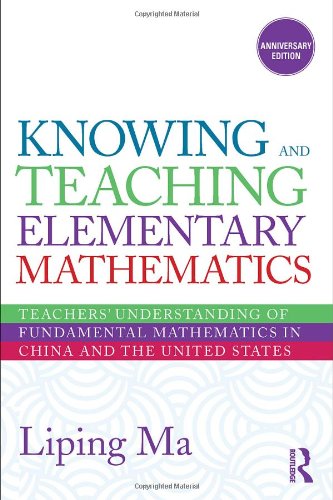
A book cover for Knowing and Teaching Elementary Mathematics: Teachers' Understanding of Fundamental Mathematics in China and the United States (Studies in Mathematical Thinking and Learning Series); Liping Ma; Science & Math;